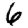
Digit: 6